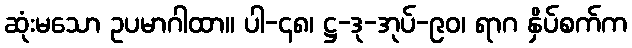
ဆုံးမသော ဥပမာဂါထာ။ ပါ-၄၈၊ ဋ္ဌ-ဒု-အုပ်-၉၀၊ ရာဂ နှိပ်စက်က